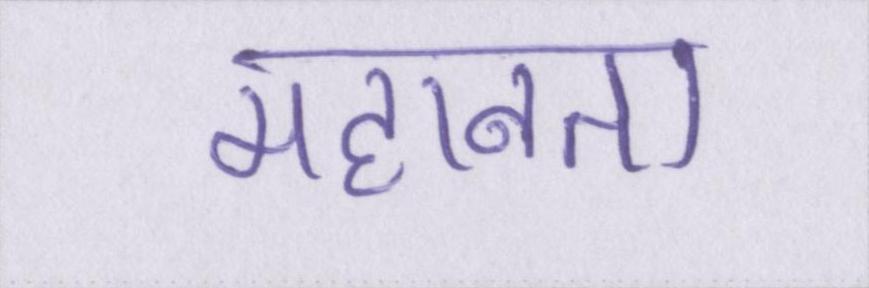
महानता